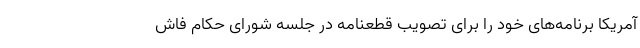
آمریکا برنامه‌های خود را برای تصویب قطعنامه در جلسه شورای حکام فاش